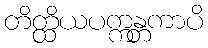
တိတ္ထိယပက္ကန္တကာပိ